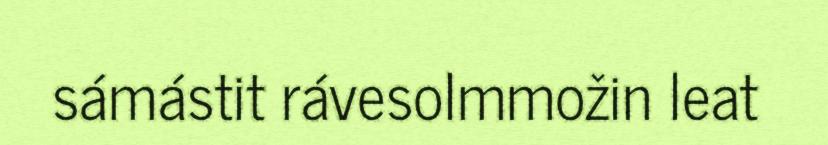
sámástit rávesolmmožin leat